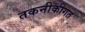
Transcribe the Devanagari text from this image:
तकनीकीगत